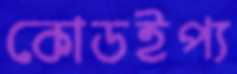
কোডইপ্য